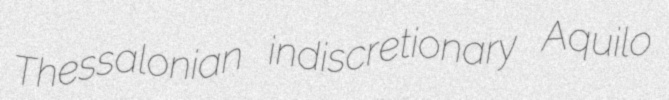
Thessalonian indiscretionary Aquilo